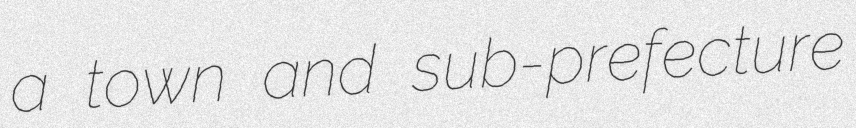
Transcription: a town and sub-prefecture